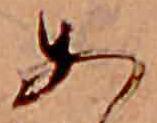
あ